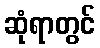
ဆုံရာတွင်